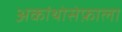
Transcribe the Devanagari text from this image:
अकांथोसेफ़ाला